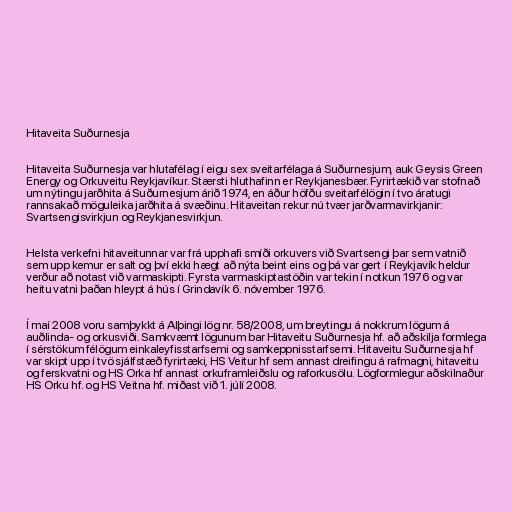
Hitaveita Suðurnesja

Hitaveita Suðurnesja var hlutafélag í eigu sex sveitarfélaga á Suðurnesjum, auk Geysis Green
Energy og Orkuveitu Reykjavíkur. Stærsti hluthafinn er Reykjanesbær. Fyrirtækið var stofnað
um nýtingu jarðhita á Suðurnesjum árið 1974, en áður höfðu sveitarfélögin í tvo áratugi
rannsakað möguleika jarðhita á svæðinu. Hitaveitan rekur nú tvær jarðvarmavirkjanir:
Svartsengisvirkjun og Reykjanesvirkjun.

Helsta verkefni hitaveitunnar var frá upphafi smíði orkuvers við Svartsengi þar sem vatnið
sem upp kemur er salt og því ekki hægt að nýta beint eins og þá var gert í Reykjavík heldur
verður að notast við varmaskipti. Fyrsta varmaskiptastöðin var tekin í notkun 1976 og var
heitu vatni þaðan hleypt á hús í Grindavík 6. nóvember 1976.

Í maí 2008 voru samþykkt á Alþingi lög nr. 58/2008, um breytingu á nokkrum lögum á
auðlinda- og orkusviði. Samkvæmt lögunum bar Hitaveitu Suðurnesja hf. að aðskilja formlega
í sérstökum félögum einkaleyfisstarfsemi og samkeppnisstarfsemi. Hitaveitu Suðurnesja hf
var skipt upp í tvö sjálfstæð fyrirtæki, HS Veitur hf sem annast dreifingu á rafmagni, hitaveitu
og ferskvatni og HS Orka hf annast orkuframleiðslu og raforkusölu. Lögformlegur aðskilnaður
HS Orku hf. og HS Veitna hf. miðast við 1. júlí 2008.